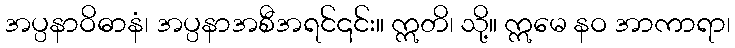
အပ္ပနာဝိဓာနံ၊ အပ္ပနာအစီအရင်၎င်း။ ဣတိ၊ သို့။ ဣမေ နဝ အာကာရာ၊